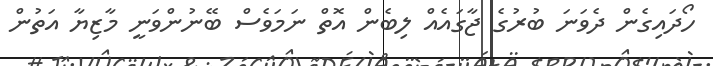
ހޯދައިގެން ދެވަނަ ބުރުގެ ޖާގައެއް ލިބެން އޮތް ނަމަވެސް ބޭނުންވަނީ މާޒިޔާ އަތުން